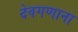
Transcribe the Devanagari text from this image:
देवगणाना